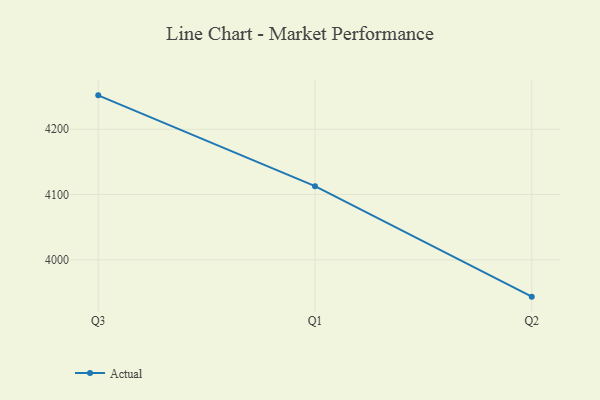
{"axis": {"x": "Quarter", "y": "Churn Rate (%)"}, "legend": ["Actual"], "data": [{"x": "Q3", "y": 4252.0, "type": "Actual"}, {"x": "Q1", "y": 4112.9, "type": "Actual"}, {"x": "Q2", "y": 3943.6, "type": "Actual"}]}